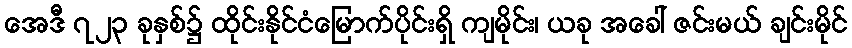
အေဒီ ၇၂၃ ခုနှစ်၌ ထိုင်းနိုင်ငံမြောက်ပိုင်းရှိ ကျမိုင်း၊ ယခု အခေါ် ဇင်းမယ် ချင်းမိုင်